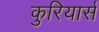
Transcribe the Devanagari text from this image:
कुरियार्स